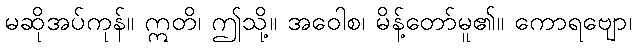
မဆိုအပ်ကုန်။ ဣတိ၊ ဤသို့။ အဝေါစ၊ မိန့်တော်မူ၏။ ကောရဗျော၊